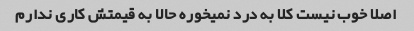
اصلا خوب نیست کلا به درد نمیخوره حالا به قیمتش کاری ندارم